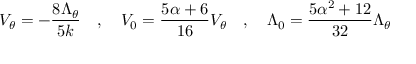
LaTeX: V _ { \theta } = - { \frac { 8 \Lambda _ { \theta } } { 5 k } } ~ ~ ~ , ~ ~ ~ V _ { 0 } = { \frac { 5 \alpha + 6 } { 1 6 } } V _ { \theta } ~ ~ ~ , ~ ~ ~ \Lambda _ { 0 } = { \frac { 5 \alpha ^ { 2 } + 1 2 } { 3 2 } } \Lambda _ { \theta }